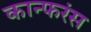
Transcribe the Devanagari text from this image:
कान्फरंस